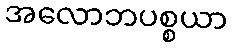
အလောဘပစ္စယာ